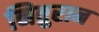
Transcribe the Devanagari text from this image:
नितुरान